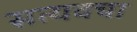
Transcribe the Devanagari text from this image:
सत्यवचा